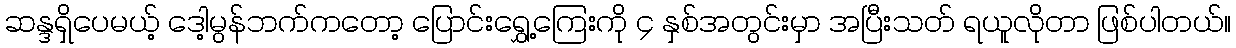
ဆန္ဒရှိပေမယ့် ဒေါ့မွန်ဘက်ကတော့ ပြောင်းရွှေ့ကြေးကို ၄ နှစ်အတွင်းမှာ အပြီးသတ် ရယူလိုတာ ဖြစ်ပါတယ်။